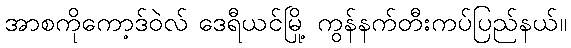
အာစကိုကော့ဒ်ဝဲလ် ဒေရီယင်မြို့ ကွန်နက်တီးကပ်ပြည်နယ်။